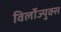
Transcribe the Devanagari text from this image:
विर्लोज्युक्स